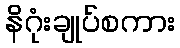
နိဂုံးချုပ်စကား